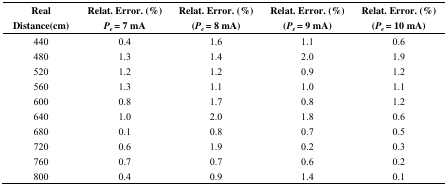
| Real Distance(cm) | Relat. Error. (%) Pe = 7 mA | Relat. Error. (%) (Pe = 8 mA) | Relat. Error. (%) (Pe = 9 mA) | Relat. Error. (%) (Pe = 10 mA) |
 | --- | --- | --- | --- | --- |
 | 440 | 0.4 | 1.6 | 1.1 | 0.6 |
 | 480 | 1.3 | 1.4 | 2.0 | 1.9 |
 | 520 | 1.2 | 1.2 | 0.9 | 1.2 |
 | 560 | 1.3 | 1.1 | 1.0 | 1.1 |
 | 600 | 0.8 | 1.7 | 0.8 | 1.2 |
 | 640 | 1.0 | 2.0 | 1.8 | 0.6 |
 | 680 | 0.1 | 0.8 | 0.7 | 0.5 |
 | 720 | 0.6 | 1.9 | 0.2 | 0.3 |
 | 760 | 0.7 | 0.7 | 0.6 | 0.2 |
 | 800 | 0.4 | 0.9 | 1.4 | 0.1 |